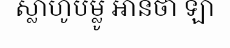
ស្លាហូបម្លូ អានថា ឡា